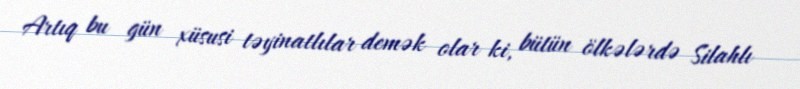
Artıq bu gün xüsusi təyinatlılar demək olar ki, bütün ölkələrdə Silahlı